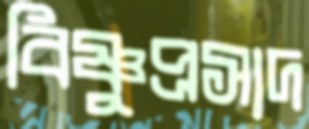
বিষ্ণুপ্রসাদ